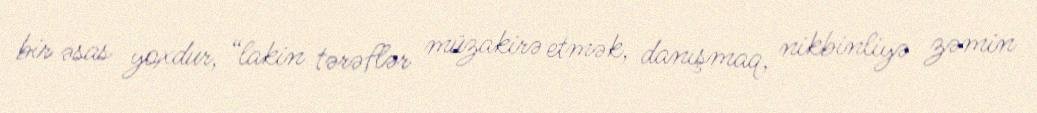
bir əsas yoxdur, “lakin tərəflər müzakirə etmək, danışmaq, nikbinliyə zəmin